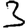
Digit: 3